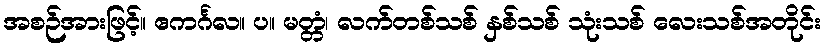
အစဉ်အားဖြင့်။ ဧကင်္ဂလ။ ပ။ မတ္တံ၊ လက်တစ်သစ် နှစ်သစ် သုံးသစ် လေးသစ်အတိုင်း